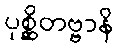
ပုစ္ဆိတဗ္ဗာနိ